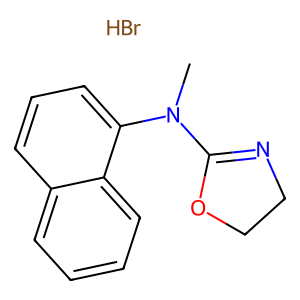
SMILES: Br.CN(C1=NCCO1)c1cccc2ccccc12
Inhibits HIV replication: No